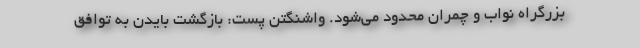
بزرگراه نواب و چمران محدود می‌شود. واشنگتن پست: بازگشت بایدن به توافق